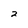
Character: 2